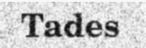
Tades